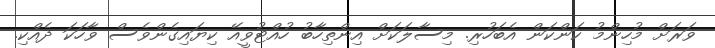
ވަރަށް މުހިންމު ކަންކަން އެބަހުރި. މިސާލަކަށް އިންތިހާބު ހުއްޓުވީއޭ ކިޔައިގެންވެސް ވާހަކަ ދެއްކި.